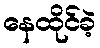
နေထိုင်ခဲ့